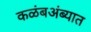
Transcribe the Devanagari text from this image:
कळंबअंब्यात